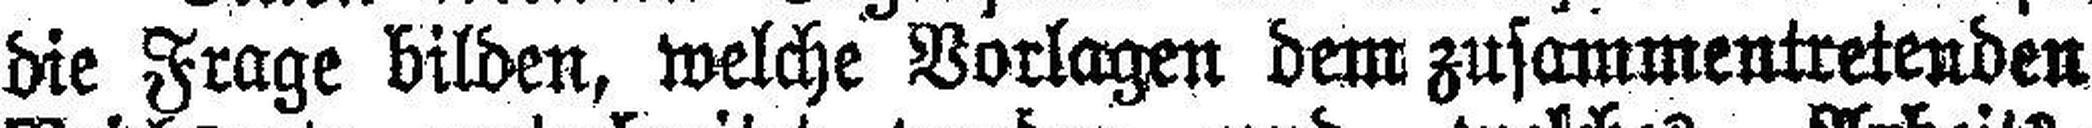
die Frage bilden, welche Vorlagen dem zusammentretenden